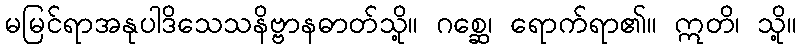
မမြင်ရာအနုပါဒိသေသနိဗ္ဗာနဓာတ်သို့။ ဂစ္ဆေ၊ ရောက်ရာ၏။ ဣတိ၊ သို့။